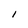
Character: C